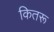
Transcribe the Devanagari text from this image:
कितरू